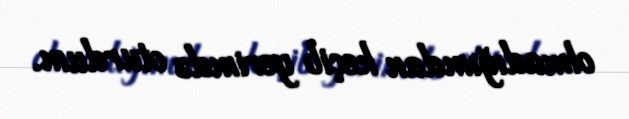
olmadığımdan keçib yerimdə oturdum.